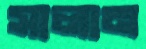
সালান